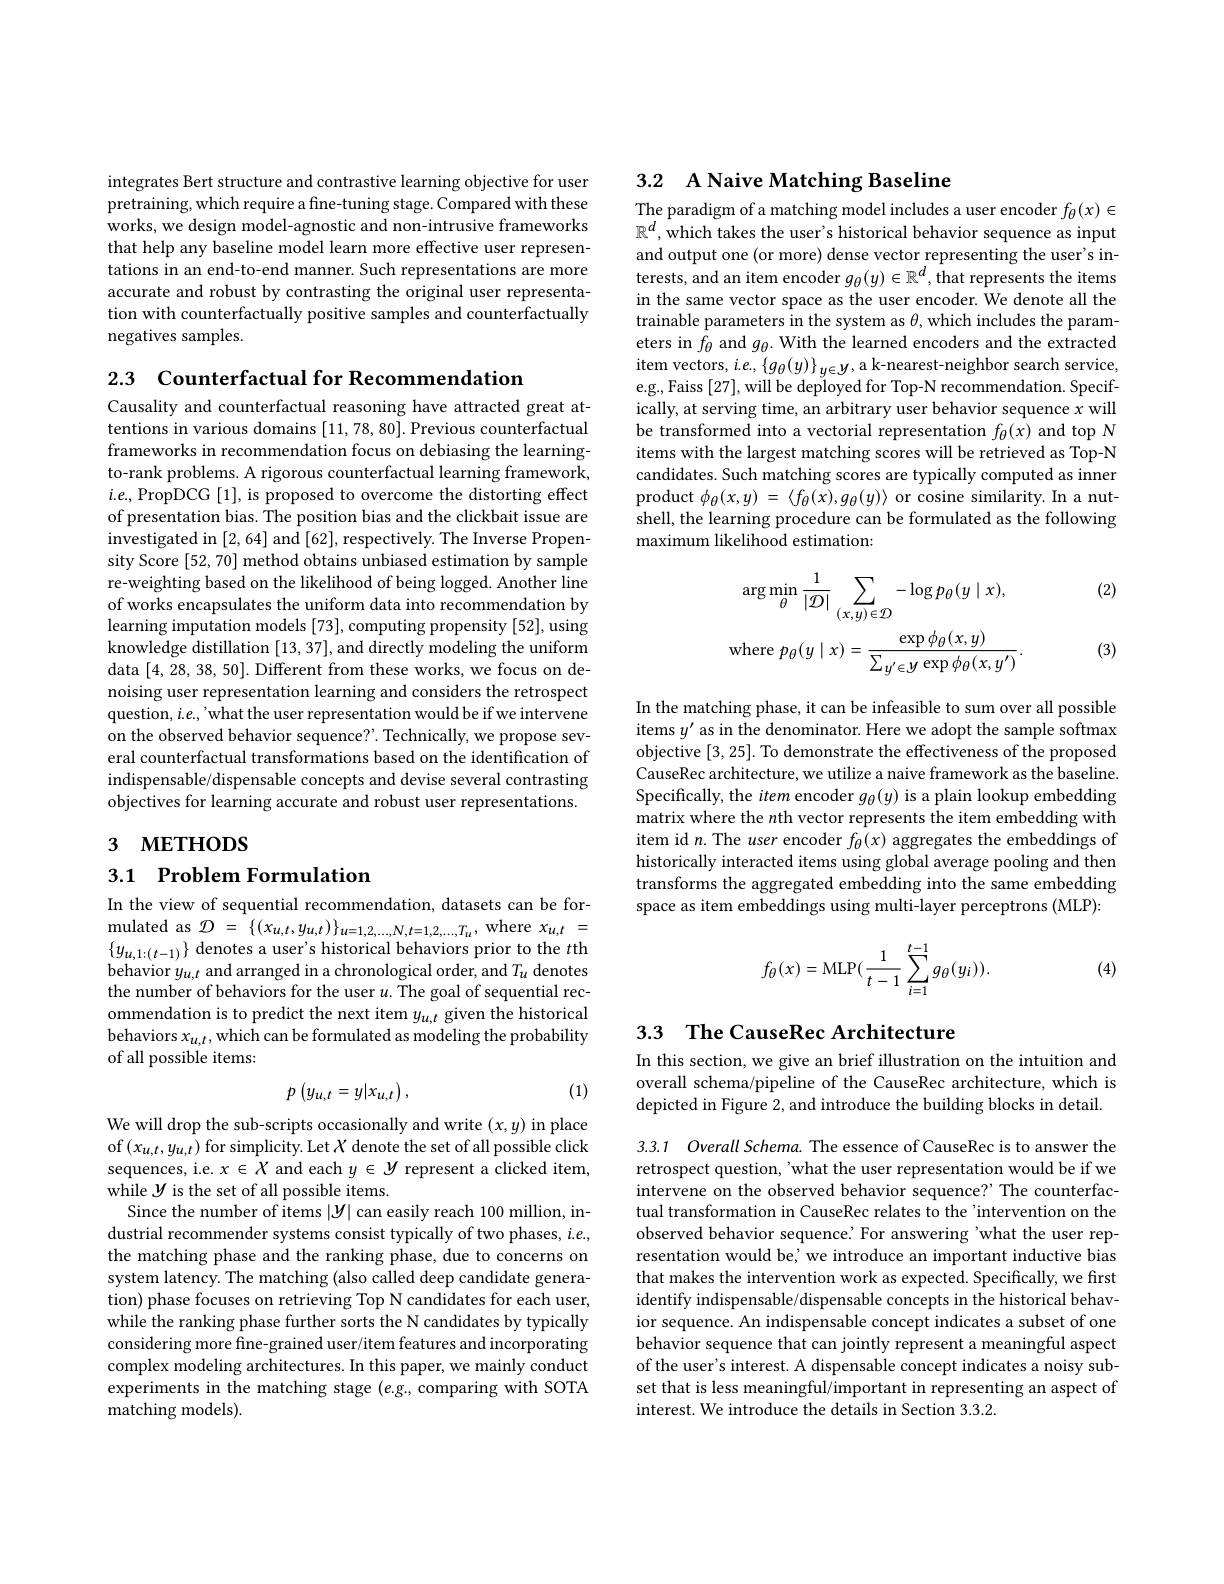
integrates Bert structure and contrastive learning objective for user pretraining, which require a fine-tuning stage. Compared with these works, we design model-agnostic and non-intrusive frameworks that help any baseline model learn more effective user representations in an end-to-end manner. Such representations are more accurate and robust by contrasting the original user representation with counterfactually positive samples and counterfactually negatives samples.

2.3 Counterfactual for Recommendation
Causality and counterfactual reasoning have attracted great attentions in various domains [11,78,80]. Previous counterfactual frameworks in recommendation focus on debiasing the learningto-rank problems. A rigorous counterfactual learning framework, $i.e.$, PropDCG [1], is proposed to overcome the distorting effect of presentation bias. The position bias and the clickbait issue are investigated in [2,64] and [62],respectively. The Inverse Propensity Score [52,70] method obtains unbiased estimation by sample re-weighting based on the likelihood of being logged. Another line of works encapsulates the uniform data into recommendation by learning imputation models [73], computing propensity [52], using knowledge distillation [13,37],and directly modeling the uniform data [4,28,38,50]. Different from these works, we focus on denoising user representation learning and considers the retrospect question, $i.e.$,'what the user representation would be if we intervene on the observed behavior sequence?'. Technically, we propose several counterfactual transformations based on the identification of indispensable/dispensable concepts and devise several contrasting objectives for learning accurate and robust user representations.

# 3 метнорs

3.1 Problem Formulation

In the view of sequential recommendation, datasets can be for- ${\mathrm{mulated~as~}}{\mathcal{D} }$ = $\{ ( x_{u, t}, y_{u, t}) \} _{u= 1, 2, \ldots , N, t= 1, 2, \ldots , T_{u}}, {\mathrm{where~}}x_{u, t}$ = $\{y_{u,1:(t-1)}\}\operatorname*{denotes~a~user's~historical~behaviors~prior~to~the~th}$ behavior $y_{u,t}$ and arranged in a chronological order, and $T_u$ denotes the number of behaviors for the user $u.$ The goal of sequential recommendation is to predict the next item $y_{u,t}$ given the historical behaviors $x_u,t$,which can be formulated as modeling the probability of all possible items:
$$p\left(y_{u,t}=y|x_{u,t}\right),$$
(1)

We will drop the sub-scripts occasionally and write $(x,y)$ in place of$\left(x_{u,t},y_{u,t}\right)$for simplicity. Let $X$ denote the set of all possible click sequences, i.e. $x\in X$ and each $y\in\mathcal{Y}$ represent a clicked item, while $y$ is the set of all possible items.
Since the number of items $|\mathcal{Y}|$ can easily reach 100 million, industrial recommender systems consist typically of two phases, $i.e.$, the matching phase and the ranking phase, due to concerns on system latency. The matching (also called deep candidate generation) phase focuses on retrieving Top N candidates for each user, while the ranking phase further sorts the N candidates by typically considering more fine-grained user/item features and incorporating complex modeling architectures. In this paper, we mainly conduct experiments in the matching stage $(e.g.$, comparing with SOTA matching models).

## 3.2 A Naive Matching Baseline

The paradigm of a matching model includes a user encoder $f_\theta(x)\in$ $\mathbb{R}^d$, which takes the user's historical behavior sequence as input and output one (or more) dense vector representing the user's interests, and an item encoder $g_\theta(y)\in\mathbb{R}^d$, that represents the items in the same vector space as the user encoder. We denote all the trainable parameters in the system as $\theta$,which includes the parameters in $f_{\theta}$ and $g_{\theta}.$ With the learned encoders and the extracted $\mathrm{item~vectors,~i.e.,~\{g_{\theta}(y)\}}_{y\in y,~a~k-nearest-neighbor~search~service,}$ e. g. , Faiss [ 27] , will be deployed for Top- N recommendation. Specifically, at serving time, an arbitrary user behavior sequence $x$ will be transformed into a vectorial representation $f_\theta(x)$ and top N items with the largest matching scores will be retrieved as Top-N candidates. Such matching scores are typically computed as inner product $\phi _\theta ( x, y)$ = $\langle f_\theta ( x) , g_\theta ( y) \rangle$ or cosine similarity. In a nutshell, the learning procedure can be formulated as the following maximum likelihood estimation:

(2)
$$\arg\operatorname*{min}_{\theta}\frac{1}{|\mathcal{D}|}\sum_{(x,y)\in\mathcal{D}}-\log p_{\theta}(y\mid x),\\\mathrm{where}\:p_{\theta}(y\mid x)=\frac{\exp\phi_{\theta}(x,y)}{\sum_{y^{\prime}\in y}\exp\phi_{\theta}(x,y^{\prime})}.$$
(3)

In the matching phase, it can be infeasible to sum over all possible items $y^\prime$ as in the denominator. Here we adopt the sample softmax objective [3,25]. To demonstrate the effectiveness of the proposed CauseRec architecture, we utilize a naive framework as the baseline. Specifically, the item encoder $g_\theta(y)$ is a plain lookup embedding matrix where the $n$th vector represents the item embedding with item id $n.$ The user encoder $f_\theta(x)$ aggregates the embeddings of historically interacted items using global average pooling and then transforms the aggregated embedding into the same embedding space as item embeddings using multi-layer perceptrons (MLP):

(4)
$$f_\theta(x)=\text{MLP}(\frac{1}{t-1}\sum_{i=1}^{t-1}g_\theta(y_i)).$$
# 3.3 The CauseRec Architecture

In this section, we give an brief illustration on the intuition and overall schema/pipeline of the CauseRec architecture, which is depicted in Figure 2, and introduce the building blocks in detail.

3.3.1 Overall Schema. The essence of CauseRec is to answer the

retrospect question, 'what the user representation would be if we intervene on the observed behavior sequence? The counterfactual transformation in CauseRec relates to the'intervention on the observed behavior sequence.' For answering 'what the user representation would be' we introduce an important inductive bias that makes the intervention work as expected. Specifically, we first identify indispensable/dispensable concepts in the historical behavior sequence. An indispensable concept indicates a subset of one behavior sequence that can jointly represent a meaningful aspect of the user's interest. A dispensable concept indicates a noisy subset that is less meaningful/important in representing an aspect of interest. We introduce the details in Section 3.3.2.